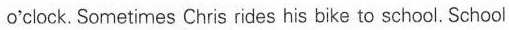
o'clock. Sometimes Chris rides his bike to school. School